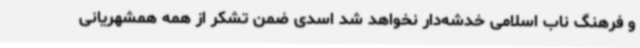
و فرهنگ ناب اسلامی خدشه‌دار نخواهد شد اسدی ضمن تشکر از همه همشهریانی